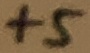
Text: +5